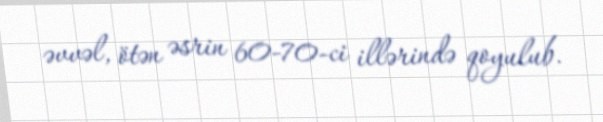
əvvəl, ötən əsrin 60-70-ci illərində qoyulub.